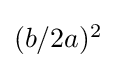
\textstyle (b/2a)^{2}